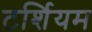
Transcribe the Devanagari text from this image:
टर्शियम